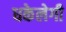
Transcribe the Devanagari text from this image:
धकेलेगी